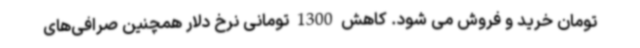
تومان خرید و فروش می شود. کاهش 1300 تومانی نرخ دلار همچنین صرافی‌های